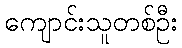
ကျောင်းသူတစ်ဦး